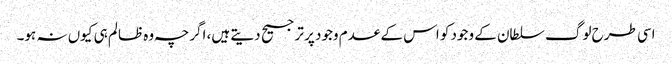
اسی طرح لوگ سلطان کے وجود کو اس کے عدم وجود پر ترجیح دیتے ہیں، اگرچہ وہ ظالم ہی کیوں نہ ہو۔